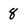
Character: 8